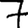
Digit: 7